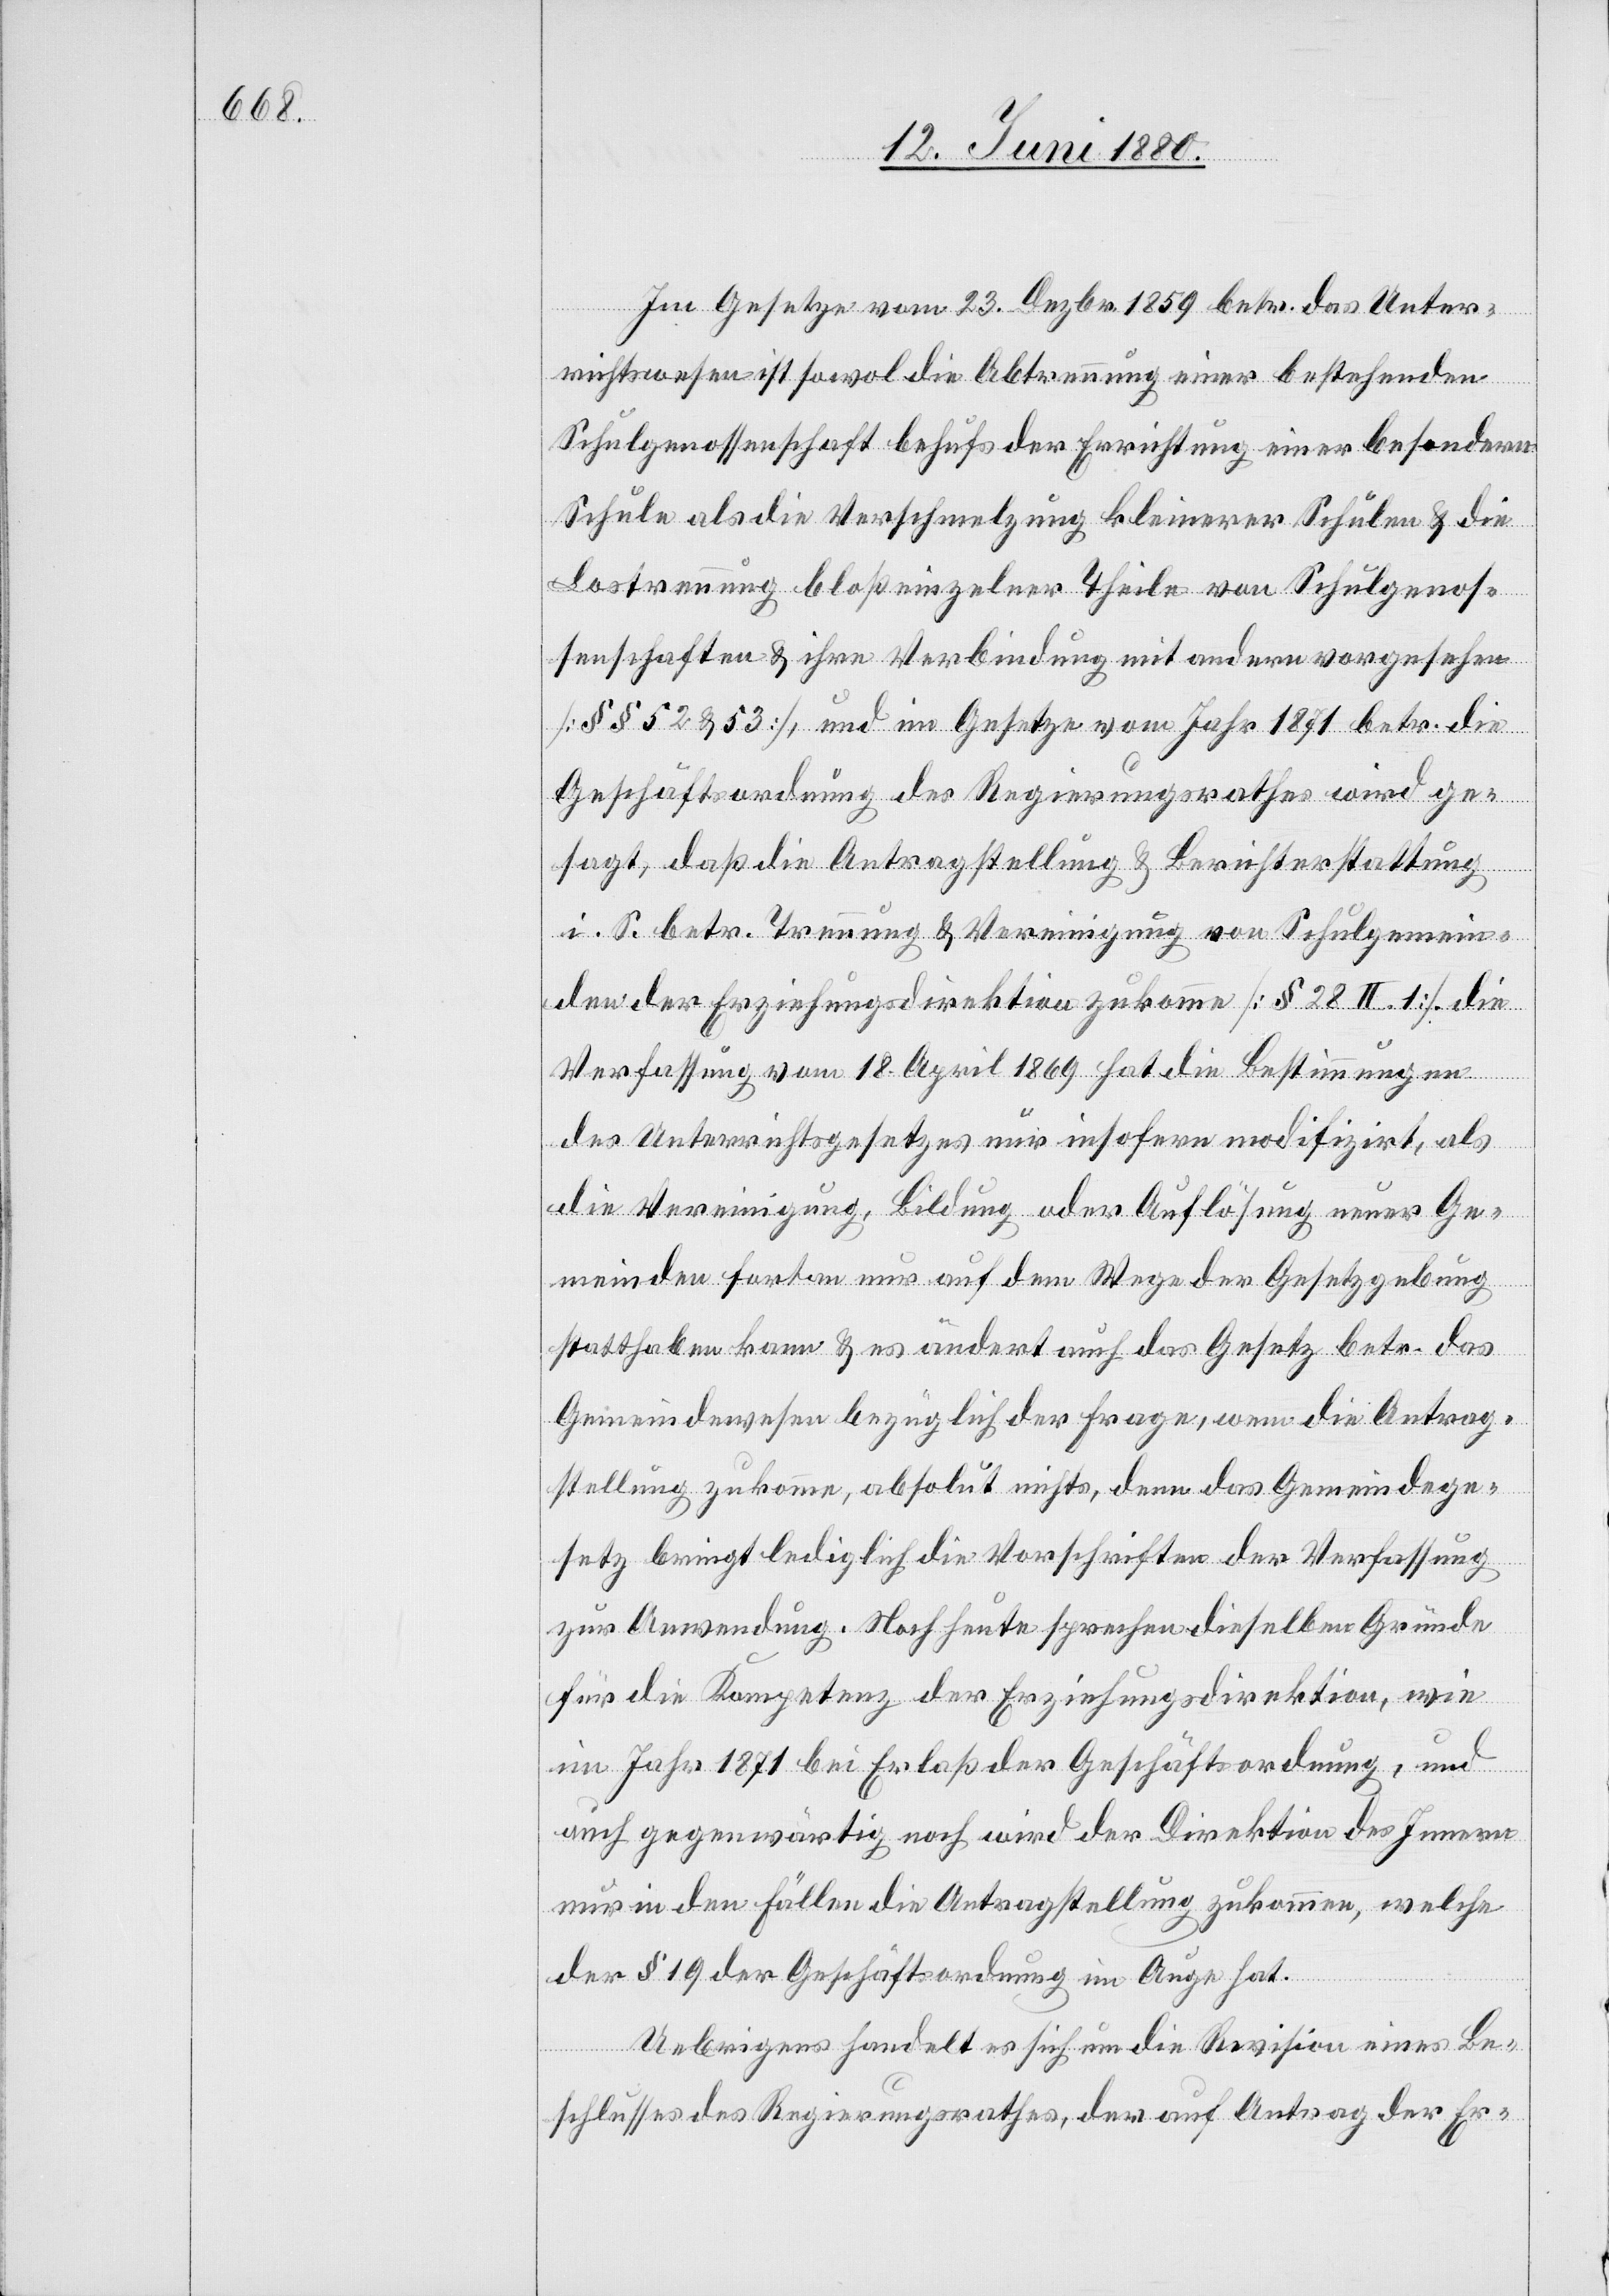
Im Gesetze vom 23. Dezbr. 1859 betr. das Unter¬
richtswesen ist sowol die Abtrennung einer bestehenden
Schulgenossenschaft behufs der Errichtung einer besondern
Schule als die Verschmelzung kleinerer Schulen & die
Lostrennung bloß einzelner Theile von Schulgenos¬
senschaften & ihre Verbindung mit andern vorgesehen
[§§ 52 & 53], und im Gesetze vom Jahr 1871 betr. die
Geschäftsordnung des Regierungsrathes wird ge¬
sagt, daß die Antragstellung & Berichterstattung,
i. S. betr. Trennung & Vereinigung von Schulgemein¬
den der Erziehungsdirektion zukomme [§ 28 II 1]. Die
Verfassung vom 18. April 1869 hat die Bestimmungen
des Unterrichtsgesetzes nur insofern modifizirt, als
die Vereinigung, Bildung oder Auflösung neuer Ge¬
meinden fortan nur auf dem Wege der Gesetzgebung
statthaben kann & es ändert auch das Gesetz betr. das
Gemeindewesen bezüglich der Frage, wem die Antrag¬
stellung zukomme, absolut nichts, denn das Gemeindege¬
setz bringt lediglich die Vorschriften der Verfassung
zur Anwendung. Noch heute sprechen dieselben Gründe
für die Kompetenz der Erziehungsdirektion, wie
im Jahr 1871 bei Erlaß der Geschäftsordnung, und
auch gegenwärtig noch wird der Direktion des Innern
nur in den Fällen die Antragstellung zukommen, welche
der § 19 der Geschäftsordnung im Auge hat.
Uebrigens handelt es sich um die Revision eines Be¬
schlusses des Regierungsrathes, der auf Antrag der Er-